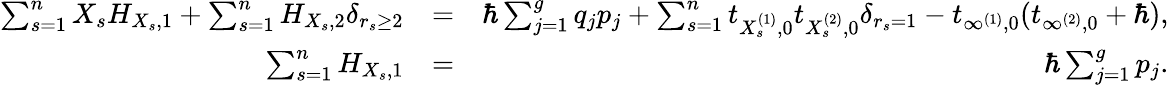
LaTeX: \begin{array}{rlr}{\sum_{s=1}^{n}X_{s}H_{X_{s},1}+\sum_{s=1}^{n}H_{X_{s},2}\delta_{r_{s}\geq 2}}&{=}&{\hbar\sum_{j=1}^{g}q_{j}p_{j}+\sum_{s=1}^{n}t_{X_{s}^{(1)},0}t_{X_{s}^{(2)},0}\delta_{r_{s}=1}-t_{\infty^{(1)},0}(t_{\infty^{(2)},0}+\hbar),}\\ {\sum_{s=1}^{n}H_{X_{s},1}}&{=}&{\hbar\sum_{j=1}^{g}p_{j}.}\end{array}